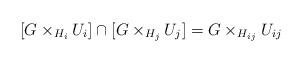
LaTeX: \begin{align*}[G\times_{H_i}U_i]\cap [G\times_{H_j}U_j]=G\times_{H_{ij}}U_{ij}\end{align*}